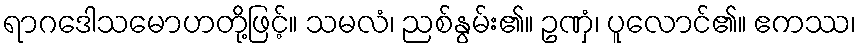
ရာဂဒေါသမောဟတို့ဖြင့်။ သမလံ၊ ညစ်နွမ်း၏။ ဥဏှံ၊ ပူလောင်၏။ ဧကဿ၊